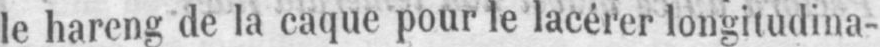
le hareng de la caque pour le lacérer longitudina-